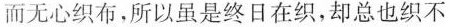
而无心织布，所以虽是终日在织，却总也织不